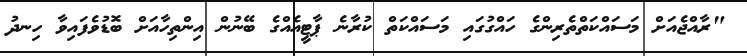
"ރާއްޖެއަށް މަސައްކަތްތެރިންގެ ހައްގުގައި މަސައްކަތް ކުރާނެ ޕާޓީއެއްގެ ބޭނުން އިންތިހާއަށް ބޮޑުވެފައިވާ ހިނދު